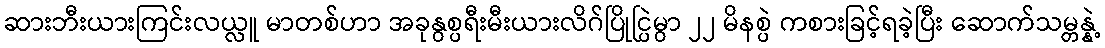
ဆားဘီးယားကြင်းလယ္လူ မာတစ်ဟာ အခုနွစ္ပရီးမီးယားလိဂ်ပြိုင္ပြဲမွာ ၂၂ မိနစ္ပဲ ကစားခြင့်ရခဲ့ပြီး ဆောက်သမ္တန္နဲ့